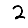
Digit: 2